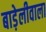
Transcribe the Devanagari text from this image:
बाड़ेलीवाला